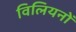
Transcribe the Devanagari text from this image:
विलियनों